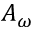
A _ { \omega }